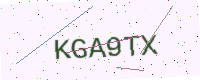
Text: KGA9TX